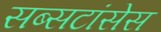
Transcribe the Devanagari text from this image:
सब्सटांसेस